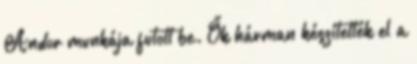
Andor munkája futott be. Ők hárman készítették el a